画像に写った文字を読んでください
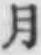
「月」と書いてあります